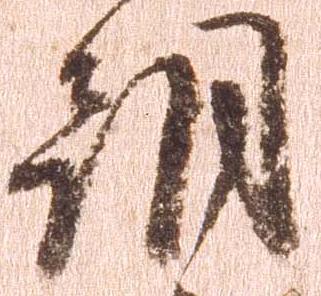
期